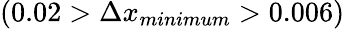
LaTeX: \left(0.02>\Delta x_{minimum}>0.006\right)